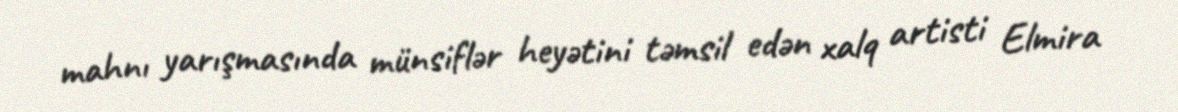
mahnı yarışmasında münsiflər heyətini təmsil edən xalq artisti Elmira